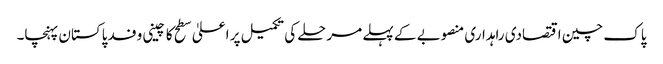
پاک چین اقتصادی راہداری منصوبے کے پہلے مرحلے کی تکمیل پر اعلیٰ سطح کا چینی وفد پاکستان پہنچا۔